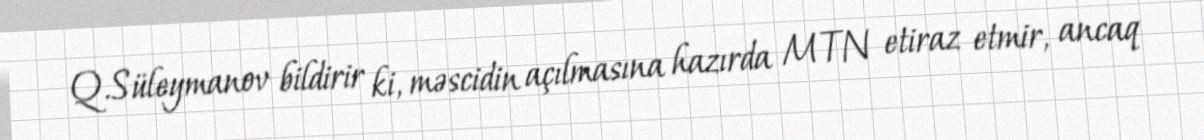
Q.Süleymanov bildirir ki, məscidin açılmasına hazırda MTN etiraz etmir, ancaq